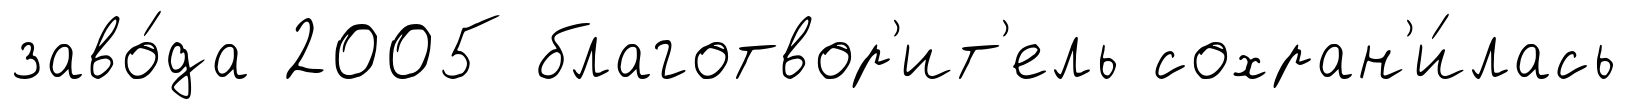
заво́да 2005 благотвор'ит'ель сохран'и́лась